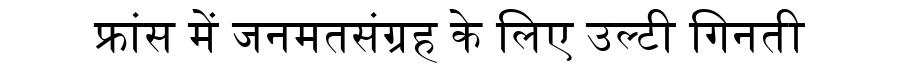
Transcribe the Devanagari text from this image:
फ्रांस में जनमतसंग्रह के लिए उल्टी गिनती